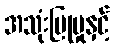
အသုံးပြုမှုနှင့်